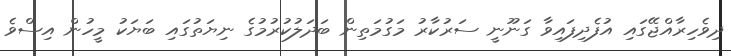
ދިވެހިރާއްޖޭގައި އުފެދިފައިވާ ގަނޫނީ ސަރުކާރު މަގުމަތިން ބަދަލުކުރުމުގެ ނިޔަތުގައި ބަޔަކު މީހުން އިސްވެ